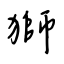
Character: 獅